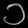
Digit: ၁